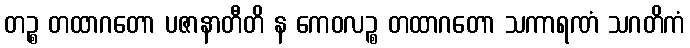
တဉ္စ တထာဂတော ပဇာနာတီတိ န ကေဝလဉ္စ တထာဂတော သကာရဏံ သဂတိကံ